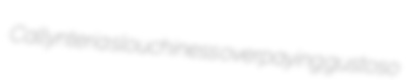
Callynteria slouchiness overpaying gustoso